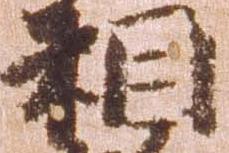
相